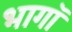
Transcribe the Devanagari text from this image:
भागॉ